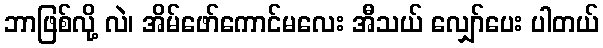
ဘာဖြစ်လို့ လဲ၊ အိမ်ဖော်ကောင်မလေး အီသယ် လျှော်ပေး ပါတယ်